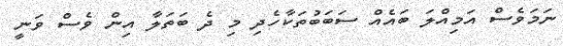
ނަމަވެސް އަމިއްލަ ބައެއް ސަބަބުތަކާހެދި މި ދެ ބަތަލާ އިން ވެސް ވަނީ